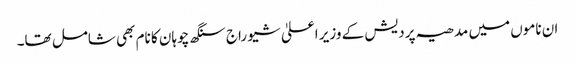
ان ناموں میں مدھیہ پردیش کے وزیر اعلیٰ شیو راج سنگھ چوہان کا نام بھی شامل تھا۔